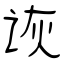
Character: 诙